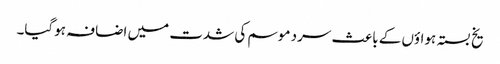
یخ بستہ ہواؤں کے باعث سرد موسم کی شدت میں اضافہ ہوگیا۔